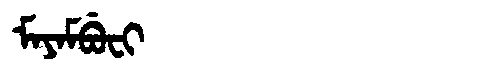
Manchu: ᠮᠠᠶᠠᠮᠪᡠᠸᡳ
Romanization: MAYAMBUFI